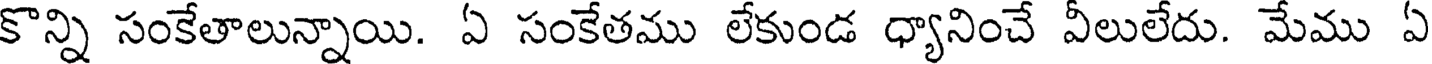
కొన్ని సంకేతాలున్నాయి. ఏ సంకేతము లేకుండ ధ్యానించే వీలులేదు. మేము ఏ